Mental hospitals Bombay report 1921-28 - 1921-1928
Year: 1921
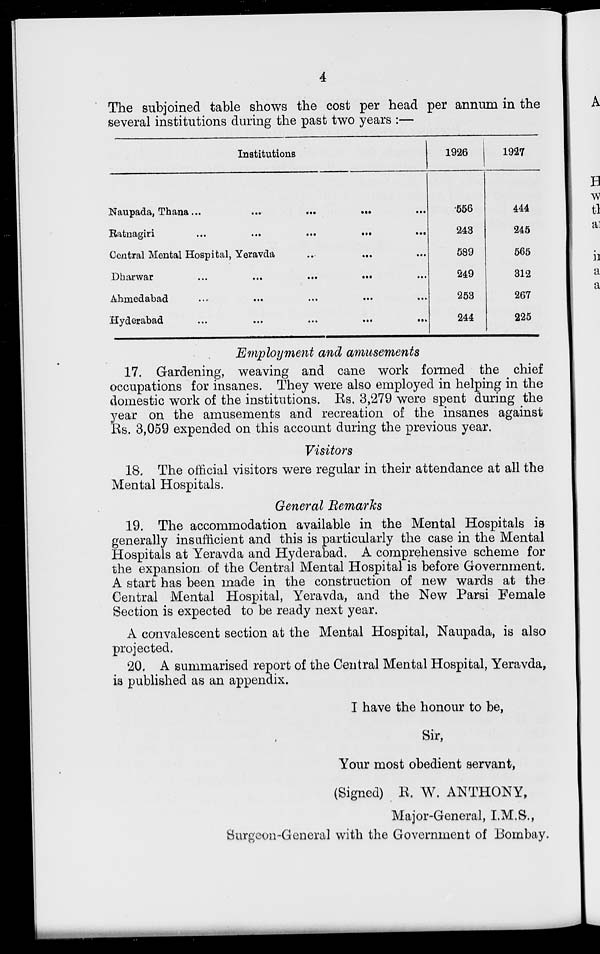
4
The subjoined table shows the cost per head per annum in the
several institutions during the past two years :—
Institutions
Naupada, Thana ...
...
...
...
...
Ratnagiri
...
...
...
...
...
Central Mental Hospital, Yeravda ... ... ...
Dharwar
...
...
...
...
...
Ahmedabad
...
...
...
...
...
Hyderabad ... ... ... ... ...
1926
556
243
589
249
253
244
1927
444
245
565
312
267
225
Employment and amusements
17. Gardening, weaving and cane work formed the chief
occupations for insanes. They were also employed in helping in the
domestic work of the institutions. Rs. 3,279 were spent during the
year on the amusements and recreation of the insanes against
Rs. 3,059 expended on this account during the previous year.
Visitors
18. The official visitors were regular in their attendance at all the
Mental Hospitals.
General Remarks
19. The accommodation available in the Mental Hospitals is
generally insufficient and this is particularly the case in the Mental
Hospitals at Yeravda and Hyderabad. A comprehensive scheme for
the expansion of the Central Mental Hospital is before Government.
A start has been made in the construction of new wards at the
Central Mental Hospital, Yeravda, and the New Parsi Female
Section is expected to be ready next year.
A convalescent section at the Mental Hospital, Naupada, is also
projected.
20. A summarised report of the Central Mental Hospital, Yeravda,
is published as an appendix.
I have the honour to be ,
Sir,
Your most obedient servant ,
(Signed) R. W. ANTHONY,
Major-General, I.M.S.,
Surgeon-General with the Government of Bombay.